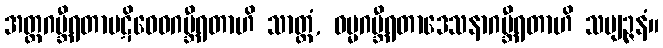
အတ္ထဂမ္ဘီရတာပဋိဝေဓဂမ္ဘီရတာဟိ သာတ္ထံ, ဓမ္မဂမ္ဘီရတာဒေသနာဂမ္ဘီရတာဟိ သဗျဉ္ဇနံ။